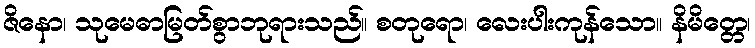
ဇိနော၊ သုမေဓာမြတ်စွာဘုရားသည်။ စတုရော၊ လေးပါးကုန်သော။ နိမိတ္တေ၊